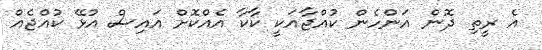
އެ ރީތި ދޮން އަންހެން ކުއްޖާއަކީ ކާކާ އެއްކޮށް އައިސް އުޅޭ ކުއްޖެއް